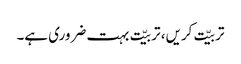
تربیّت کریں، تربیّت بہت ضروری ہے۔